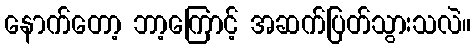
နောက်တော့ ဘာ့ကြောင့် အဆက်ပြတ်သွားသလဲ။